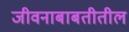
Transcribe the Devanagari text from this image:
जीवनाबाबतीतील